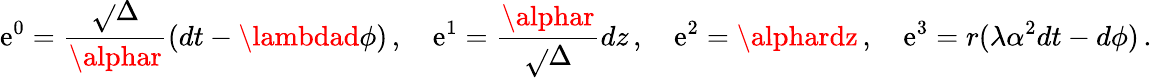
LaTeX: \mathrm{e}^{0}=\frac{{\sqrt{}{\Delta}}}{{\alphar}}(dt-\lambdad\phi)\, ,\quad\mathrm{e}^{1}=\frac{{\alphar}}{{\sqrt{}{\Delta}}}dz\, ,\quad\mathrm{e}^{2}=\alphardz\, ,\quad\mathrm{e}^{3}=r(\lambda\alpha^{2}dt-d\phi)\, .